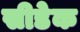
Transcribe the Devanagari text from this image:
सीडेक